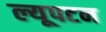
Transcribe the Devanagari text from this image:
ल्यूपटन